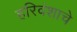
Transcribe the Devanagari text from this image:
हरिवंशाचे